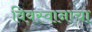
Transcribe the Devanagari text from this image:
विवस्वानाचा